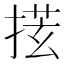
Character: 𪮎